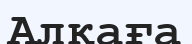
Алқаға